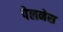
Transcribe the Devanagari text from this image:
पेलनेस